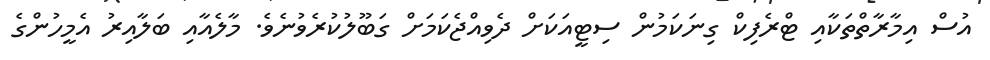
އުސް އިމާރާތްތަކާއި ޓްރެފިކް ގިނަކަމުން ސިޓީއަކަށް ދެވިއްޖެކަމަށް ގަބޫލުކުރެވުނެވެ. މާލެއާއި ބަލާއިރު އެމީހުންގެ